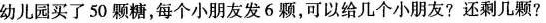
幼儿园买了50.颗糖，每个小朋友发6颗，可以给几个小朋友?还剩几颗?